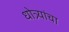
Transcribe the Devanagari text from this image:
धोत्र्यांचा